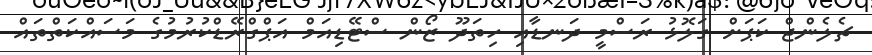
ޗެލެންޖް ކަޕަށް ގަލޮޅު ރަސްމީ ދަނޑާއި ހިތަދޫ ޒޯން ސްޓޭޑިއަމް އަޕްގްރޭޑްކުރުމުގެ މަސައްކަތްތައް